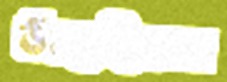
উস্‌কেছিলেন